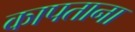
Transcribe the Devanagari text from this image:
कापताना